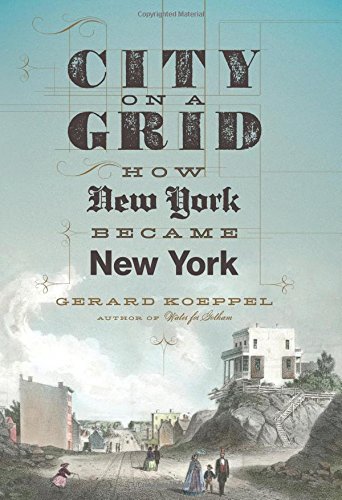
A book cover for City on a Grid: How New York Became New York; Gerard Koeppel; Arts & Photography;